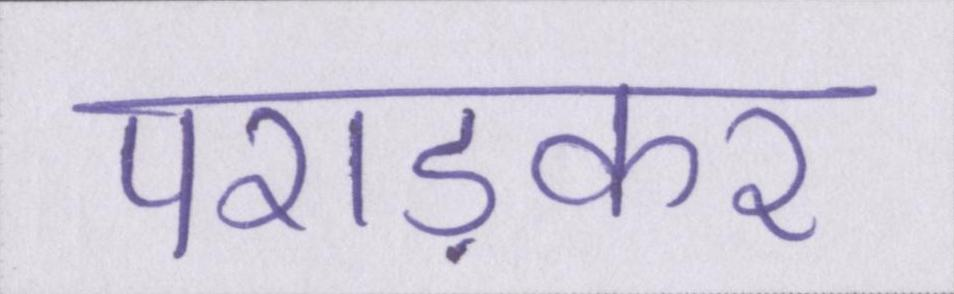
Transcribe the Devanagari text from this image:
पराड़कर